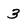
Character: 3